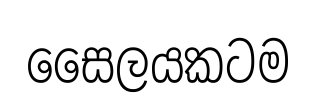
සෛලයකටම